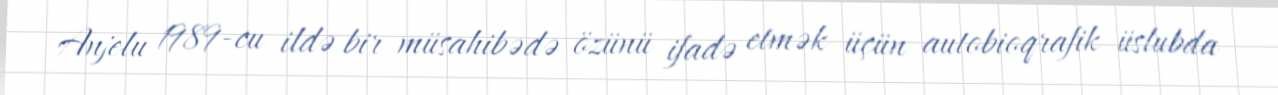
Anjelu 1989-cu ildə bir müsahibədə özünü ifadə etmək üçün autobioqrafik üslubda